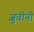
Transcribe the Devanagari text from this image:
जुवीनी